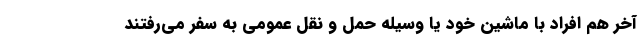
آخر هم افراد با ماشین خود یا وسیله حمل و نقل عمومی به سفر می‌رفتند